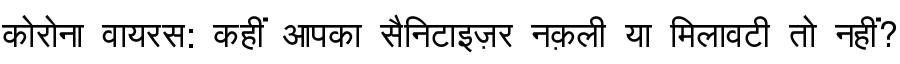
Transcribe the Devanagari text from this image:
कोरोना वायरस: कहीं आपका सैनिटाइज़र नक़ली या मिलावटी तो नहीं?